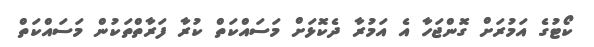
ކޯޓުގެ އަމުރަށް ގޮންޖަހާ އެ އަމުރާ ދެކޮޅަށް މަސައްކަތް ކުރާ ފަރާތްތަކުން މަސައްކަތް